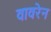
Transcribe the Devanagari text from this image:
वावरेन